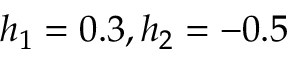
h _ { 1 } = 0 . 3 , h _ { 2 } = - 0 . 5